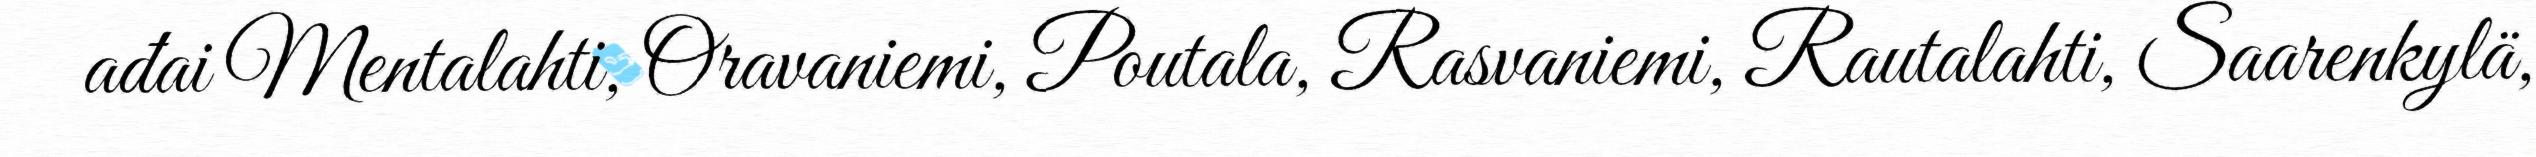
ađai Mentalahti, Oravaniemi, Poutala, Rasvaniemi, Rautalahti, Saarenkylä,